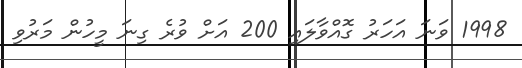
1998 ވަނަ އަހަރު ގޮއްވާލައި 200 އަށް ވުރެ ގިނަ މީހުން މަރުވި